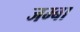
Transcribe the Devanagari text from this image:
जम्बा